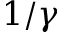
1 / \gamma